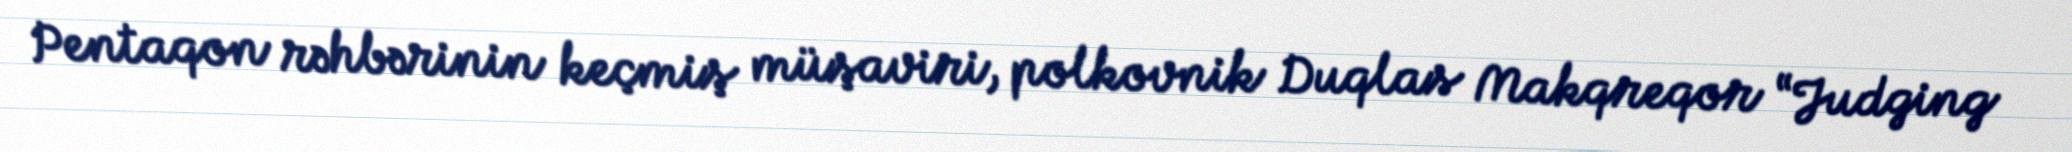
Pentaqon rəhbərinin keçmiş müşaviri, polkovnik Duqlas Makqreqor “Judging